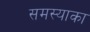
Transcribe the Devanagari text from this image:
समस्याका